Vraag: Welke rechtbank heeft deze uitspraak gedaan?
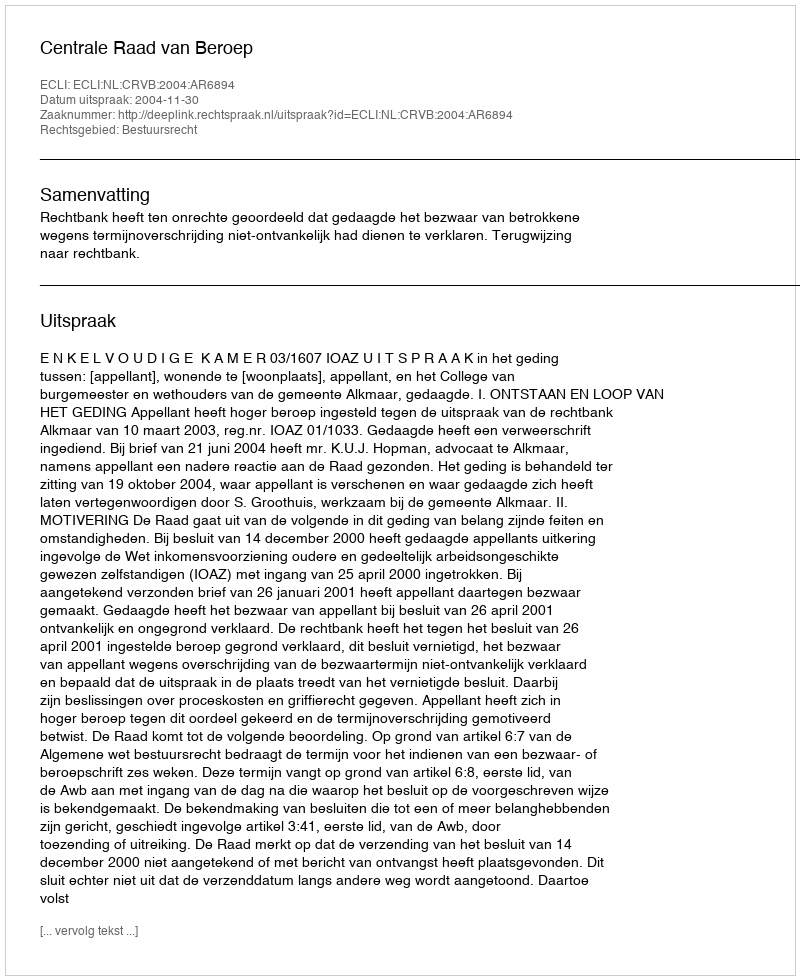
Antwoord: Centrale Raad van Beroep